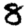
Digit: 8